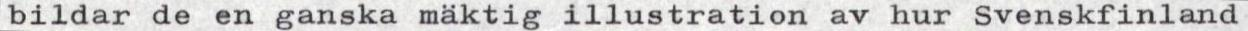
bildar de en ganska mäktig illustration av hur Svenskfinland